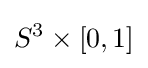
S^{3}\times [0,1]